Report of the Indian Hemp Drugs Commission, 1894-1895 - Volume III
Year: 1894
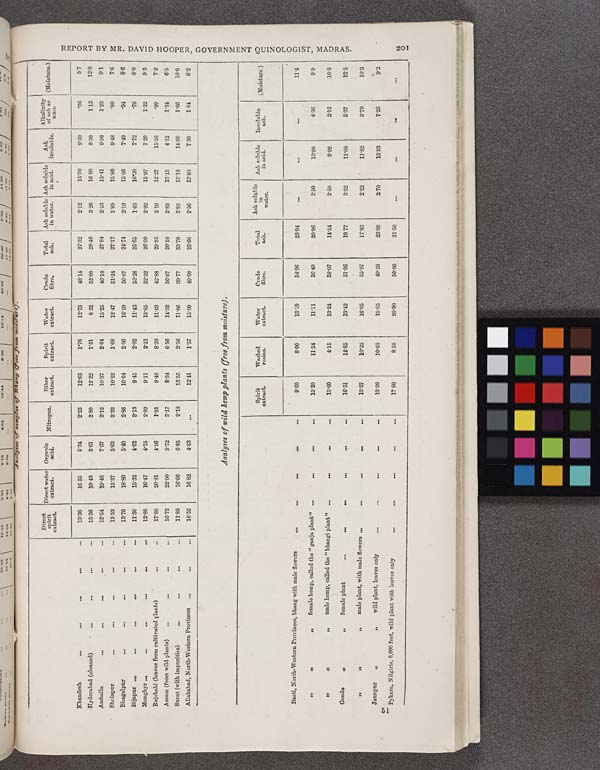
REPORT BY MR. DAVID HOOPER, GOVERNMENT QUINOLOGIST, MADRAS.
201
Direct
spirit
extract.
Direct water
extract.
Organic
acid.
Nitrogen.
Ether
extract.
Spirit
extract.
Water
extract.
Crude
fibre.
Total
ash.
Ash soluble
in water.
Ash soluble
in acid.
Ash
insoluble.
Alkalinity
of ash as
KHO.
(Moisture.)
Khandesh
13.36
16.85
5.34
2.23
12.63
1.76
12.73
48.14
27.32
2.12
15.90
9.0
.86
5.7
Hyderabad (cleaned)
13.36
10.43
3.61
2.80
12.22
1.51
8.32
52.00
28.40
3.20
16.90
8.30
1.12
12.8
Amballa
12.54
19.48
7.37
3.12
10.37
2.64
15.25
46.10
27.84
2.53
15.41
9.90
1.23
9.1
Sholapur
11.53
15.37
5.63
2.33
10.22
1.68
12.47
51.24
27.17
1.89
15.80
9.48
.80
7.6
Bhagalpur
13.70
18.80
5.40
2.86
10.04
2.06
16.59
50.07
24.74
2.19
15.06
7.49
.94
8.6
Bijapur
11.30
15.32
4.62
8.13
9.45
2.02
11.43
53.26
25.65
1.63
16.30
7.72
.76
8.0
Monghyr
12.88
16.47
4.75
2.89
9.17
2.21
13.85
52.32
26.09
2.92
15.07
7.20
1.22
9.5
Rajshahi (leaves from cultivated plants)
17.88
20.81
4.36
1.91
9.48
8.20
11.63
42.88
29.95
2.10
12.27
15.58
.99
72
Assam (from wild plants)
16.73
22.00
5.72
3.17
8.34
6.56
14.33
50.67
20.10
2.83
13.15
4.12
1.34
6.5
Surat (with impurities)
11.88
16.66
6.05
2.18
15.55
2.56
11.06
39.77
33.70
3.92
15.18
14.60
1.66
10.0
Allahabad, North-Western
Provinces
16.52
16.82
4.63
12.41
1.57
15.00
49.00
23.66
2.56
13.80
7.30
1.04
6.2
Analyses of wild hemp plants (free from moisture).
Spirit
extract.
Washed
resins.
Water
extract.
Crude
fibre.
Total
ash.
Ash soluble
in
water.
Ash soluble
in acid.
Insoluble
ash.
(Moisture.)
Basti, North-Western Provinces, bhang with male flowers
9.60
8.00
13.10
54.96
23.94
11.4
"
"
"
female hemp, called the "ganja plant"
13.20
11.54
11.11
56.49
20.86
2.50
13.98
4.36
9.9
"
"
"
male hemp, called the "bhangi plant"
15.60
4.15
13.24
58.07
14.54
2.50
9.02
2.12
10.3
Gonda
"
"
female plant
16.51
14.85
13.42
51.96
19.77
3.32
11.08
5.37
12.5
"
"
"
male plant, with male flowers
13.37
10.25
16.05
55.87
17.83
2.22
11.82
8.79
10.3
Jaunpur
"
"
wild plant, leaves only
13.08
10.68
15.85
49.58
23.89
2.70
13.93
7.26
9.2
Pykara, Nilgiris, 6,000 feet, wild plant with leaves only
17.60
8.50
20.00
50.00
21.50